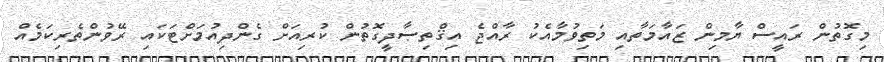
މިގޮތުން ރައީސް ޔާމިން ޒައާމަތާއި މަތިވުމާއެކު ރާއްޖެ އިޤްތިޞާދީގޮތުން ކުރިއަށް ގެންދިއުމަށްޓަކައި ރޭވުންތެރިކަމެއް